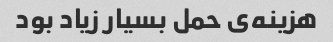
هزینه‌ی حمل بسیار زیاد بود